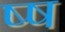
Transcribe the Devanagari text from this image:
ष्ष